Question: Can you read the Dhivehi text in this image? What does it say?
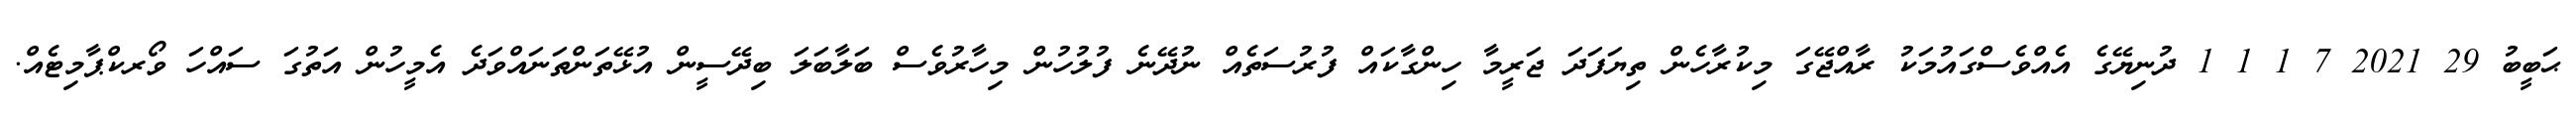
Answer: ޙަބީބު 29 2021 7 1 1 1 ދުނިޔޭގެ އެއްވެސްގައުމަކު ރާއްޖޭގަ މިކުރާހެން ތިޔަފަދަ ޖަރީމާ ހިންގާކައް ފުރުސަތެއް ނުދޭނެ ފުލުހުން މިހާރުވެސް ބަލާބަލަ ބިދޭސީން އުޅޭތަންތަނައްވަދެ އެމީހުން އަތުގަ ސައްހަ ވޯރކްޕާމިޓެއް.